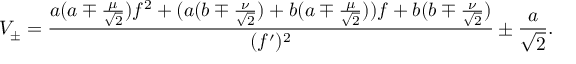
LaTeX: V _ { \pm } = \frac { a ( a \mp \frac { \mu } { \sqrt { 2 } } ) f ^ { 2 } + ( a ( b \mp \frac { \nu } { \sqrt { 2 } } ) + b ( a \mp \frac { \mu } { \sqrt { 2 } } ) ) f + b ( b \mp \frac { \nu } { \sqrt { 2 } } ) } { ( f ^ { \prime } ) ^ { 2 } } \pm \frac { a } { \sqrt { 2 } } .